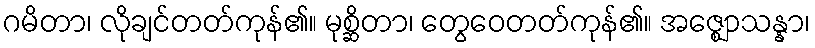
ဂမိတာ၊ လိုချင်တတ်ကုန်၏။ မုစ္ဆိတာ၊ တွေဝေတတ်ကုန်၏။ အဇ္ဈောသန္နာ၊